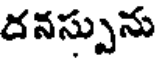
దనస్సును